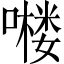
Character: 𱔹